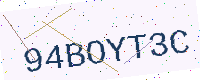
Text: 94BOYT3C